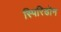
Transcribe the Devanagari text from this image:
स्पिरिडोन